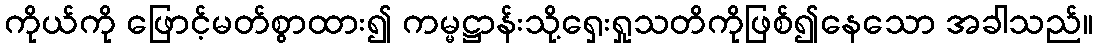
ကိုယ်ကို ဖြောင့်မတ်စွာထား၍ ကမ္မဋ္ဌာန်းသို့ရှေးရှုသတိကိုဖြစ်၍နေသော အခါသည်။